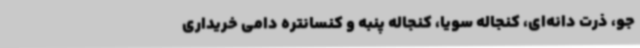
جو، ذرت دانه‌ای، کنجاله سویا، کنجاله پنبه و کنسانتره دامی خریداری